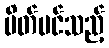
ပိတ်ပင်သည့်